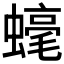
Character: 𧐢